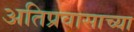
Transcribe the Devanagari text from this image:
अतिप्रवासाच्या